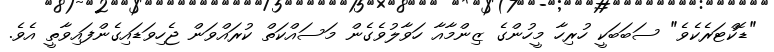
"ޑޮކްޓަރެކެވެ" ސަބަބަކީ ހުރިހާ މީހުންގެ ޒިންމާއާ ހަވާލުވެގެން މަސައްކަތް ކުރައްވަން ޖެހިވަޑައިގެންފައިވާތީ އެވެ.